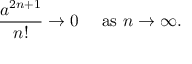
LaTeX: { \frac { a ^ { 2 n + 1 } } { n ! } } \to 0 \quad { \mathrm { ~ a s ~ } } n \to \infty .